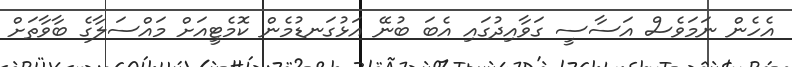
އެހެން ނަމަވެސް އަސާސީ ގަވާއިދުގައި އެބަ ބުނޭ އަޅުގަނޑުމެން ކޮމެޓީއަށް މައްސަލާގެ ބާވާތަށް